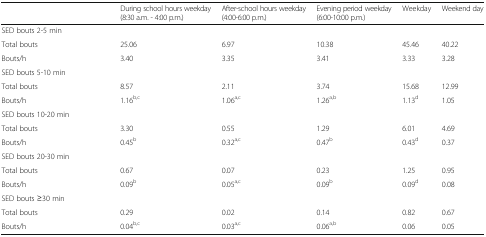
<table><thead><tr><td></td><td><b>During school hours weekday (8:30 a.m. - 4:00 p.m.)</b></td><td><b>After-school hours weekday (4:00-6:00 p.m.)</b></td><td><b>Evening period weekday (6:00-10:00 p.m.)</b></td><td><b>Weekday</b></td><td><b>Weekend day</b></td></tr></thead><tbody><tr><td colspan="6">SED bouts 2-5 min</td></tr><tr><td>Total bouts</td><td>25.06</td><td>6.97</td><td>10.38</td><td>45.46</td><td>40.22</td></tr><tr><td>Bouts/h</td><td>3.40</td><td>3.35</td><td>3.41</td><td>3.33</td><td>3.28</td></tr><tr><td colspan="6">SED bouts 5-10 min</td></tr><tr><td>Total bouts</td><td>8.57</td><td>2.11</td><td>3.74</td><td>15.68</td><td>12.99</td></tr><tr><td>Bouts/h</td><td>1.16<sup>b,c</sup></td><td>1.06<sup>a,c</sup></td><td>1.26<sup>a,b</sup></td><td>1.13<sup>d</sup></td><td>1.05</td></tr><tr><td colspan="6">SED bouts 10-20 min</td></tr><tr><td>Total bouts</td><td>3.30</td><td>0.55</td><td>1.29</td><td>6.01</td><td>4.69</td></tr><tr><td>Bouts/h</td><td>0.45<sup>b</sup></td><td>0.32<sup>a,c</sup></td><td>0.47<sup>b</sup></td><td>0.43<sup>d</sup></td><td>0.37</td></tr><tr><td colspan="6">SED bouts 20-30 min</td></tr><tr><td>Total bouts</td><td>0.67</td><td>0.07</td><td>0.23</td><td>1.25</td><td>0.95</td></tr><tr><td>Bouts/h</td><td>0.09<sup>b</sup></td><td>0.05<sup>a,c</sup></td><td>0.09<sup>b</sup></td><td>0.09<sup>d</sup></td><td>0.08</td></tr><tr><td colspan="6">SED bouts ≥30 min</td></tr><tr><td>Total bouts</td><td>0.29</td><td>0.02</td><td>0.14</td><td>0.82</td><td>0.67</td></tr><tr><td>Bouts/h</td><td>0.04<sup>b,c</sup></td><td>0.03<sup>a,c</sup></td><td>0.06<sup>a,b</sup></td><td>0.06</td><td>0.05</td></tr></tbody></table>